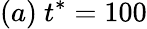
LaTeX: (a)\ t^{*}=100